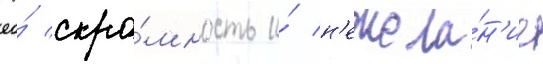
ео́ скро́мность и́ н'ежела́н'ие